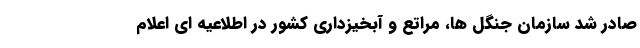
صادر شد سازمان جنگل ها، مراتع و آبخیزداری کشور در اطلاعیه ای اعلام